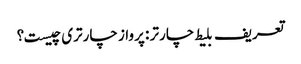
تعریف بلیط چارتر : پرواز چارتری چیست؟